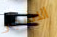
الاشجار